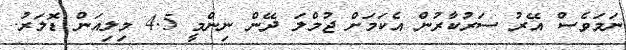
ނަމަވެސް އޭރު ސަރުކާރުން އެކަމަށް ޖުމްލަ ދޭން ނިންމީ 4.5 މިލިއަން ޑޮލަރު.